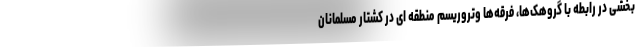
بخشی در رابطه با گروهک‌ها، فرقه‌ها وتروریسم منطقه ای در کشتار مسلمانان